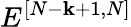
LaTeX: E^{[{{N}-{\mathbf{k}}+1},{{N}}]}